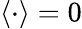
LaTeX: \langle\cdot\rangle=0